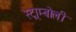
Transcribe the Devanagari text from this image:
स्ट्राम्बोली